Report of the Indian Hemp Drugs Commission, 1894-1895 - Volume VI
Year: 1894
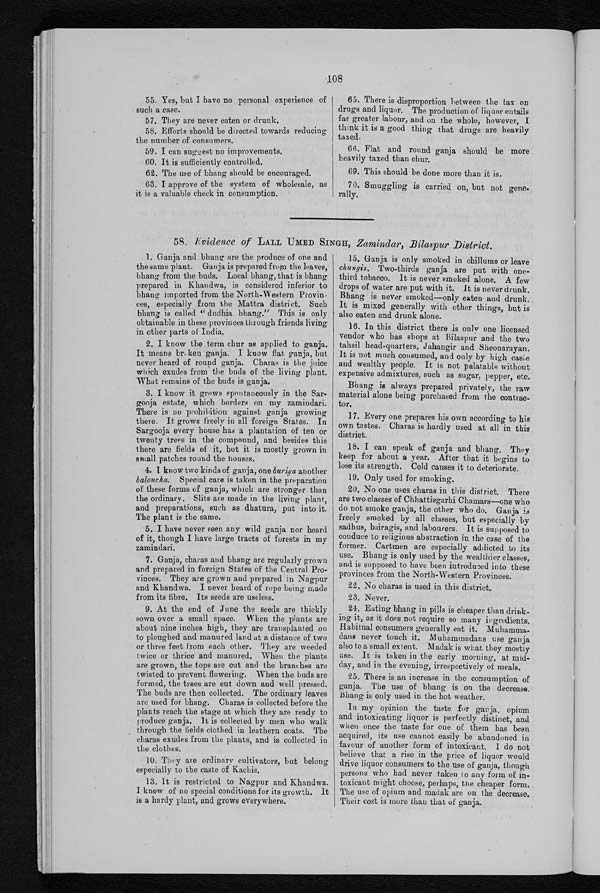
108
55. Yes, but I have no personal experience of
such a case.
57. They are never eaten or drunk.
58. Efforts should be directed towards reducing
the number of consumers.
59. I can suggest no improvements.
60. It is sufficiently controlled.
62. The use of bhang should be encouraged.
63. I approve of the system of wholesale, as
it is a valuable check in consumption.
65. There is disproportion between the tax on
drugs and liquor. The production of liquor entails
far greater labour, and on the whole, however, I
think it is a good thing that drugs are heavily
taxed.
66. Flat and round ganja should be more
heavily taxed than chur.
69. This should be done more than it is.
70. Smuggling is carried on, but not
gene-rally.
58. Evidence of LALL UMED SINGH, Zamindar, Bilaspur District.
1. Ganja and bhang are the produce of one and
the same plant. Ganja is prepared from the leaves,
bhang from the buds. Local bhang, that is bhang
prepared in Khandwa, is considered inferior to
bhang imported from the North-Western Provin
-ces, especially from the Mattra district. Such
bhang is called "dudhia bhang." This is only
obtainable in these provinces through friends living
in other parts of India.
2. I know the term chur as applied to ganja.
It means broken ganja. I know flat ganja, but
never heard of round ganja. Charas is the juice
which exudes from the buds of the living plant.
What remains of the buds is ganja.
3. I know it grows spontaneously in the Sar
- g o o j a e s t a t e , w h i c h b o r d e r s o n m y z a m i n d a r i .
There is no prohibition against ganja growing
there. It grows freely in all foreign States. In
Sargooja every house has a plantation of ten or
twenty trees in the compound, and besides this
there are fields of it, but it is mostly grown in
s m a l l p a t c h e s r o u n d t h e h o u s e s .
4. I know two kinds of ganja, one puriya another
baloucha. Special care is taken in the preparation
of these forms of ganja, which are stronger than
the ordinary. Slits are made in the living plant,
and preparations, such as dhatura, put into it.
The plant is the same.
5. I have never seen any wild ganja nor heard
of it, though I have large tracts of forests in my
zamindari.
7. Ganja, charas and bhang are regularly grown
and prepared in foreign States of the Central Pro
-vinces. They are grown and prepared in Nagpur
and Khandwa. I never heard of rope being made
from its fibre. Its seeds are useless.
9. At the end of June the seeds are thickly
sown over a small space. When the plants are
about nine inches high, they are transplanted on
to ploughed and manured land at a distance of two
or three feet from each other. They are weeded
twice or thrice and manured. When the plants
are grown, the tops are cut and the branches are
twisted to prevent flowering. When the buds are
formed, the trees are cut down and well pressed.
The buds are then collected. The ordinary leaves
are used for bhang. Charas is collected before the
plants reach the stage at which they are ready to
produce ganja. It is collected by men who walk
through the fields clothed in leathern coats. The
charas exudes from the plants, and is collected in
the clothes.
10. They are ordinary cultivators, but belong
especially to the caste of Kachis.
13. It is restricted to Nagpur and Khandwa.
I know of no special conditions for its growth. It
is a hardy plant, and grows everywhere.
16. In this district there is only one licensed
vendor who has shops at Bilaspur and the two
tahsil head-quarters, Jahangir and Sheonarayan.
It is not much consumed, and only by high caste
and wealthy people. It is not palatable without
expensive admixtures, such as sugar, pepper, etc.
Bhang is always prepared privately, the raw
material alone being purchased from the contrac
-tor.
17. Every one prepares his own according to his
own tastes. Charas is hardly used at all in this
district.
18. I can speak of ganja and bhang. They
keep for about a year. After that it begins to
lose its strength. Cold causes it to deteriorate.
19. Only used for smoking.
20. No one uses charas in this district. There
are two classes of Chhattisgarhi Chamars—one who
do not smoke ganja, the other who do. Ganja is
freely smoked by all classes, but especially by
sadhus, bairagis, and labourers. It is supposed to
conduce to religious abstraction in the case of the
former. Cartmen are especially addicted to its
use. Bhang is only used by the wealthier classes,
and is supposed to have been introduced into. these
provinces from the North-Western Provinces.
22. No charas is used in this district.
23. Never.
24. Eating bhang in pills is cheaper than drink
- i n g i t , a s i t d o e s n o t r e q u i r e s o m a n y i n g r e d i e n t s .
Habitual consumers generally eat it. Muhamma
- d a n s n e v e r t o u c h i t . M u h a m m a d a n s u s e g a n j a
also to a small extent. Madak is what they mostly
use. It is taken in the early morning, at mid
-day, and in the evening, irrespectively of meals.
25. There is an increase in the consumption of
ganja. The use of bhang is on the decrease.
Bhang is only used in the hot weather.
In my opinion the taste for ganja, opium
and intoxicating liquor is perfectly distinct, and
when once the taste for one of them has been
acquired, its use cannot easily be abandoned in
favour of another form of intoxicant. I do not
believe that a rise in the price of liquor would
drive liquor consumers to the use of ganja, though
persons who had never taken to any form of in
-toxicant might choose, perhaps, the cheaper form.
The use of opium and madak are on the decrease.
Their cost is more than that of ganja.
15. Ganja is only smoked in chillums or leave
chungis. Two-thirds ganja are put with one-
third tobacco. It is never smoked alone. A few
drops of water are put with it. It is never drunk.
Bhang is never smoked—only eaten and drunk.
It is mixed generally with other things, but is
also eaten and drunk alone.